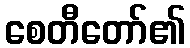
စေတီတော်၏